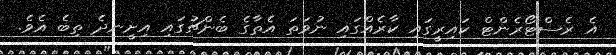
އެ ރެސްޓޯރެންޓް ކައިރީގައި ކާރެއްގައި ނުވަތަ އެތާގެ ބެންޗުގައި އިށީނދެ ތިބެ އެވެ.